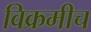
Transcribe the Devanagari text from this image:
विक्रमीच